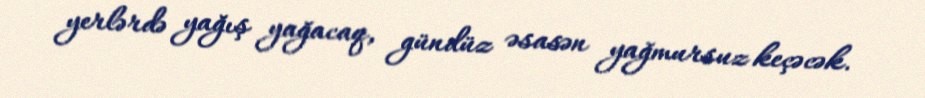
yerlərdə yağış yağacaq, gündüz əsasən yağmursuz keçəcək.